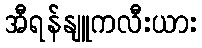
အီရန်နျူကလီးယား